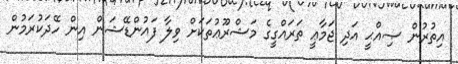
އިތުރުން ޞިއްޙީ އަދި ޖަމާޢީ ތަރައްގީގެ މަޝްރޫޢުތަކަށް ވިލާ ފައުންޑޭޝަން އިން ހޭދަކުރަމުން